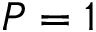
P = 1